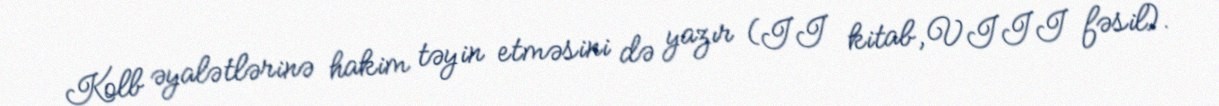
Kolb əyalətlərinə hakim təyin etməsini də yazır (II kitab,VIII fəsil).